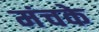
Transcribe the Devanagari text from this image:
मंचके